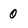
Character: 0